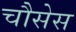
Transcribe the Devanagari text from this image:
चौसेस